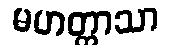
မဟတ္တာသာ